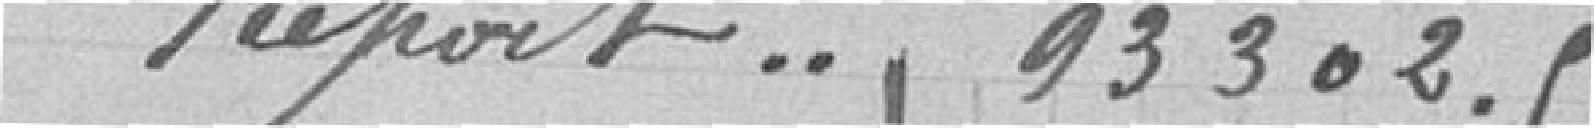
Report...93302.55